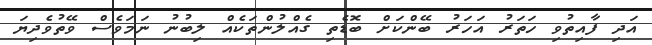
އަދި ފާއިތުވި ހަތަރު އަހަރު ބޭންކަށް ބޮޑެތި ގެއްލުންތަކެއް ލިބުނު ނަމަވެސް ވޭތުވެދިޔަ